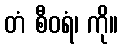
တံ စီဝရံ၊ ကို။